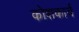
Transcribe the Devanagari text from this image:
कोशकार्य